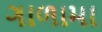
ગાળામા